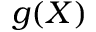
g ( X )